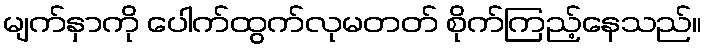
မျက်နှာကို ပေါက်ထွက်လုမတတ် စိုက်ကြည့်နေသည်။